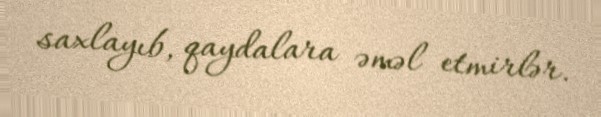
saxlayıb, qaydalara əməl etmirlər.